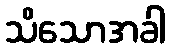
သိသောအခါ